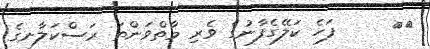
٥٢     ފަހެ ކަލޭގެފާނުގެ ވެރި މާތްވަންތަ ރަސްކަލާނގެ